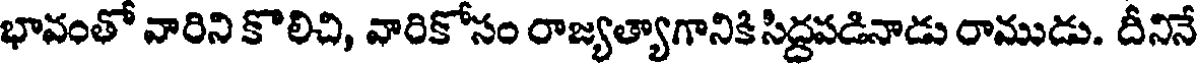
భావంతో వారిని కొలిచి, వారికోసం రాజ్యత్యాగానికి సిద్దపడినాడు రాముడు. దీనినే